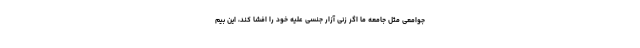
جوامعی مثل جامعه ما اگر زنی آزار جنسی علیه خود را افشا کند، این بیم